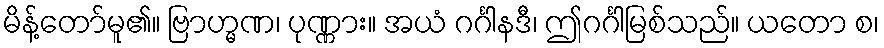
မိန့်တော်မူ၏။ ဗြာဟ္မဏ၊ ပုဏ္ဏား။ အယံ ဂင်္ဂါနဒီ၊ ဤဂင်္ဂါမြစ်သည်။ ယတော စ၊